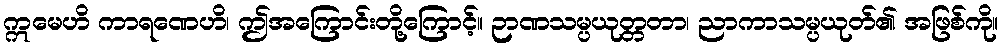
ဣမေဟိ ကာရဏေဟိ၊ ဤအကြောင်းတို့ကြောင့်။ ဉာဏသမ္ပယုတ္တတာ၊ ညာကာသမ္ပယုတ်၏ အဖြစ်ကို။